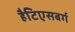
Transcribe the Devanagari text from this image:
हैटिएसबर्ग